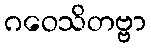
ဂဝေသိတဗ္ဗာ